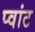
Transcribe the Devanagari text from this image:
प्वांट